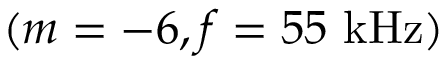
( m = - 6 , f = 5 5 \mathrm { ~ k H z } )